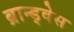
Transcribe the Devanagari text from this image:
ब्रान्ड्वेस